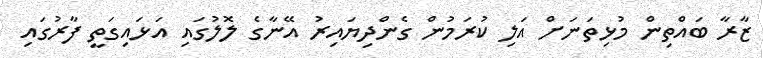
ޒާރާ ބައްތިން މުޅިތަނަށް އަލި ކުރަމުން ގެންދިޔައިރު އޭނާގެ ލޮލުގައި އަޅައިގަތީ ފާރުގައި